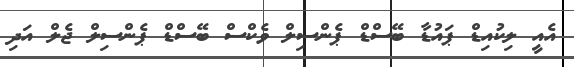
އެއީ ލިކުއިޑް ޕައުޑާ ބޭސްޑް ޕެންސިލް ވެކްސް ބޭސްޑް ޕެންސިލް ޖެލް އަދި